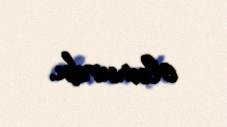
olunurdu.